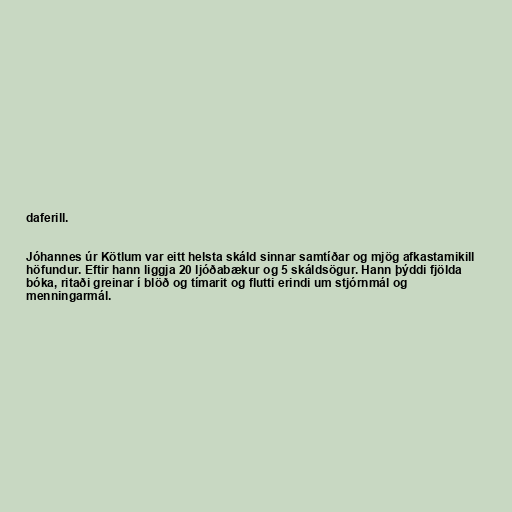
daferill.

Jóhannes úr Kötlum var eitt helsta skáld sinnar samtíðar og mjög afkastamikill
höfundur. Eftir hann liggja 20 ljóðabækur og 5 skáldsögur. Hann þýddi fjölda
bóka, ritaði greinar í blöð og tímarit og flutti erindi um stjórnmál og
menningarmál.